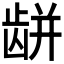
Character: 𪚏